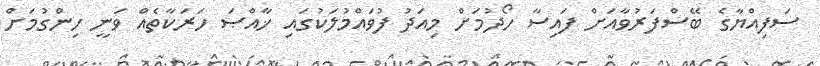
ސަފިއްޔާގެ ބޭސްފަރުވާއަށް ފައިސާ ހޯދުމަށް މިއަދު ފުވައްމުލަކުގައި ޚާއްޞަ ހަރަކާތެއް ވަނީ ހިންގުމަށް